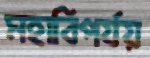
মহাবিপর্যয়